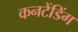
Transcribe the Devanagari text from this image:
कनटेंडिंग